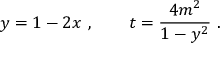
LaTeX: y = 1 - 2 x \, \, , \qquad t = \frac { 4 m ^ { 2 } } { 1 - y ^ { 2 } } \, \, .